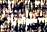
عندما